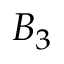
B _ { 3 }